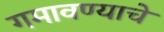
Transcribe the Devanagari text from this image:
गमावण्याचे